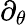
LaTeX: \partial_{\theta}